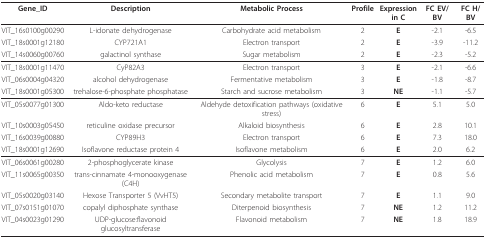
<table><thead><tr><td><b>Gene_ID</b></td><td><b>Description</b></td><td><b>Metabolic Process</b></td><td><b>Profile</b></td><td><b>Expressionin C</b></td><td><b>FC EV/BV</b></td><td><b>FC H/BV</b></td></tr></thead><tbody><tr><td>VIT_16s0100g00290</td><td>L-idonate dehydrogenase</td><td>Carbohydrate acid metabolism</td><td>2</td><td><b>E</b></td><td>-2.1</td><td>-6.5</td></tr><tr><td>VIT_18s0001g12180</td><td>CYP721A1</td><td>Electron transport</td><td>2</td><td><b>E</b></td><td>-3.9</td><td>-11.2</td></tr><tr><td>VIT_14s0060g00760</td><td>galactinol synthase</td><td>Sugar metabolism</td><td>2</td><td><b>E</b></td><td>-2.3</td><td>-5.2</td></tr><tr><td>VIT_18s0001g11470</td><td>CyP82A3</td><td>Electron transport</td><td>3</td><td><b>E</b></td><td>-2.1</td><td>-6.6</td></tr><tr><td>VIT_06s0004g04320</td><td>alcohol dehydrogenase</td><td>Fermentative metabolism</td><td>3</td><td><b>E</b></td><td>-1.8</td><td>-8.7</td></tr><tr><td>VIT_18s0001g05300</td><td>trehalose-6-phosphate phosphatase</td><td>Starch and sucrose metabolism</td><td>3</td><td><b>NE</b></td><td>-1.1</td><td>-5.7</td></tr><tr><td>VIT_05s0077g01300</td><td>Aldo-keto reductase</td><td>Aldehyde detoxification pathways (oxidative stress)</td><td>6</td><td><b>E</b></td><td>5.1</td><td>5.0</td></tr><tr><td>VIT_10s0003g05450</td><td>reticuline oxidase precursor</td><td>Alkaloid biosynthesis</td><td>6</td><td><b>E</b></td><td>2.8</td><td>10.1</td></tr><tr><td>VIT_16s0039g00880</td><td>CYP89H3</td><td>Electron transport</td><td>6</td><td><b>E</b></td><td>7.3</td><td>18.0</td></tr><tr><td>VIT_18s0001g12690</td><td>Isoflavone reductase protein 4</td><td>Isoflavone metabolism</td><td>6</td><td><b>E</b></td><td>2.0</td><td>6.2</td></tr><tr><td>VIT_06s0061g00280</td><td>2-phosphoglycerate kinase</td><td>Glycolysis</td><td>7</td><td><b>E</b></td><td>1.2</td><td>6.0</td></tr><tr><td>VIT_11s0065g00350</td><td>trans-cinnamate 4-monooxygenase (C4H)</td><td>Phenolic acid metabolism</td><td>7</td><td><b>E</b></td><td>0.8</td><td>5.6</td></tr><tr><td>VIT_05s0020g03140</td><td>Hexose Transporter 5 (VvHT5)</td><td>Secondary metabolite transport</td><td>7</td><td><b>E</b></td><td>1.1</td><td>9.0</td></tr><tr><td>VIT_07s0151g01070</td><td>copalyl diphosphate synthase</td><td>Diterpenoid biosynthesis</td><td>7</td><td><b>NE</b></td><td>1.2</td><td>11.2</td></tr><tr><td>VIT_04s0023g01290</td><td>UDP-glucose:flavonoid glucosyltransferase</td><td>Flavonoid metabolism</td><td>7</td><td><b>NE</b></td><td>1.8</td><td>18.9</td></tr></tbody></table>